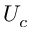
U _ { c }